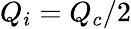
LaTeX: Q_{i}=Q_{c}/2